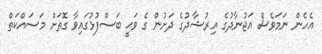
އެހެން ނަމަވެސް އަޖުނާދުގެ އިރުޝާދުގެ ދަށުން ގެ ވަޙީ ބަސްފުޅުގައިވާ ގޮތަށް މަސައްކަތް